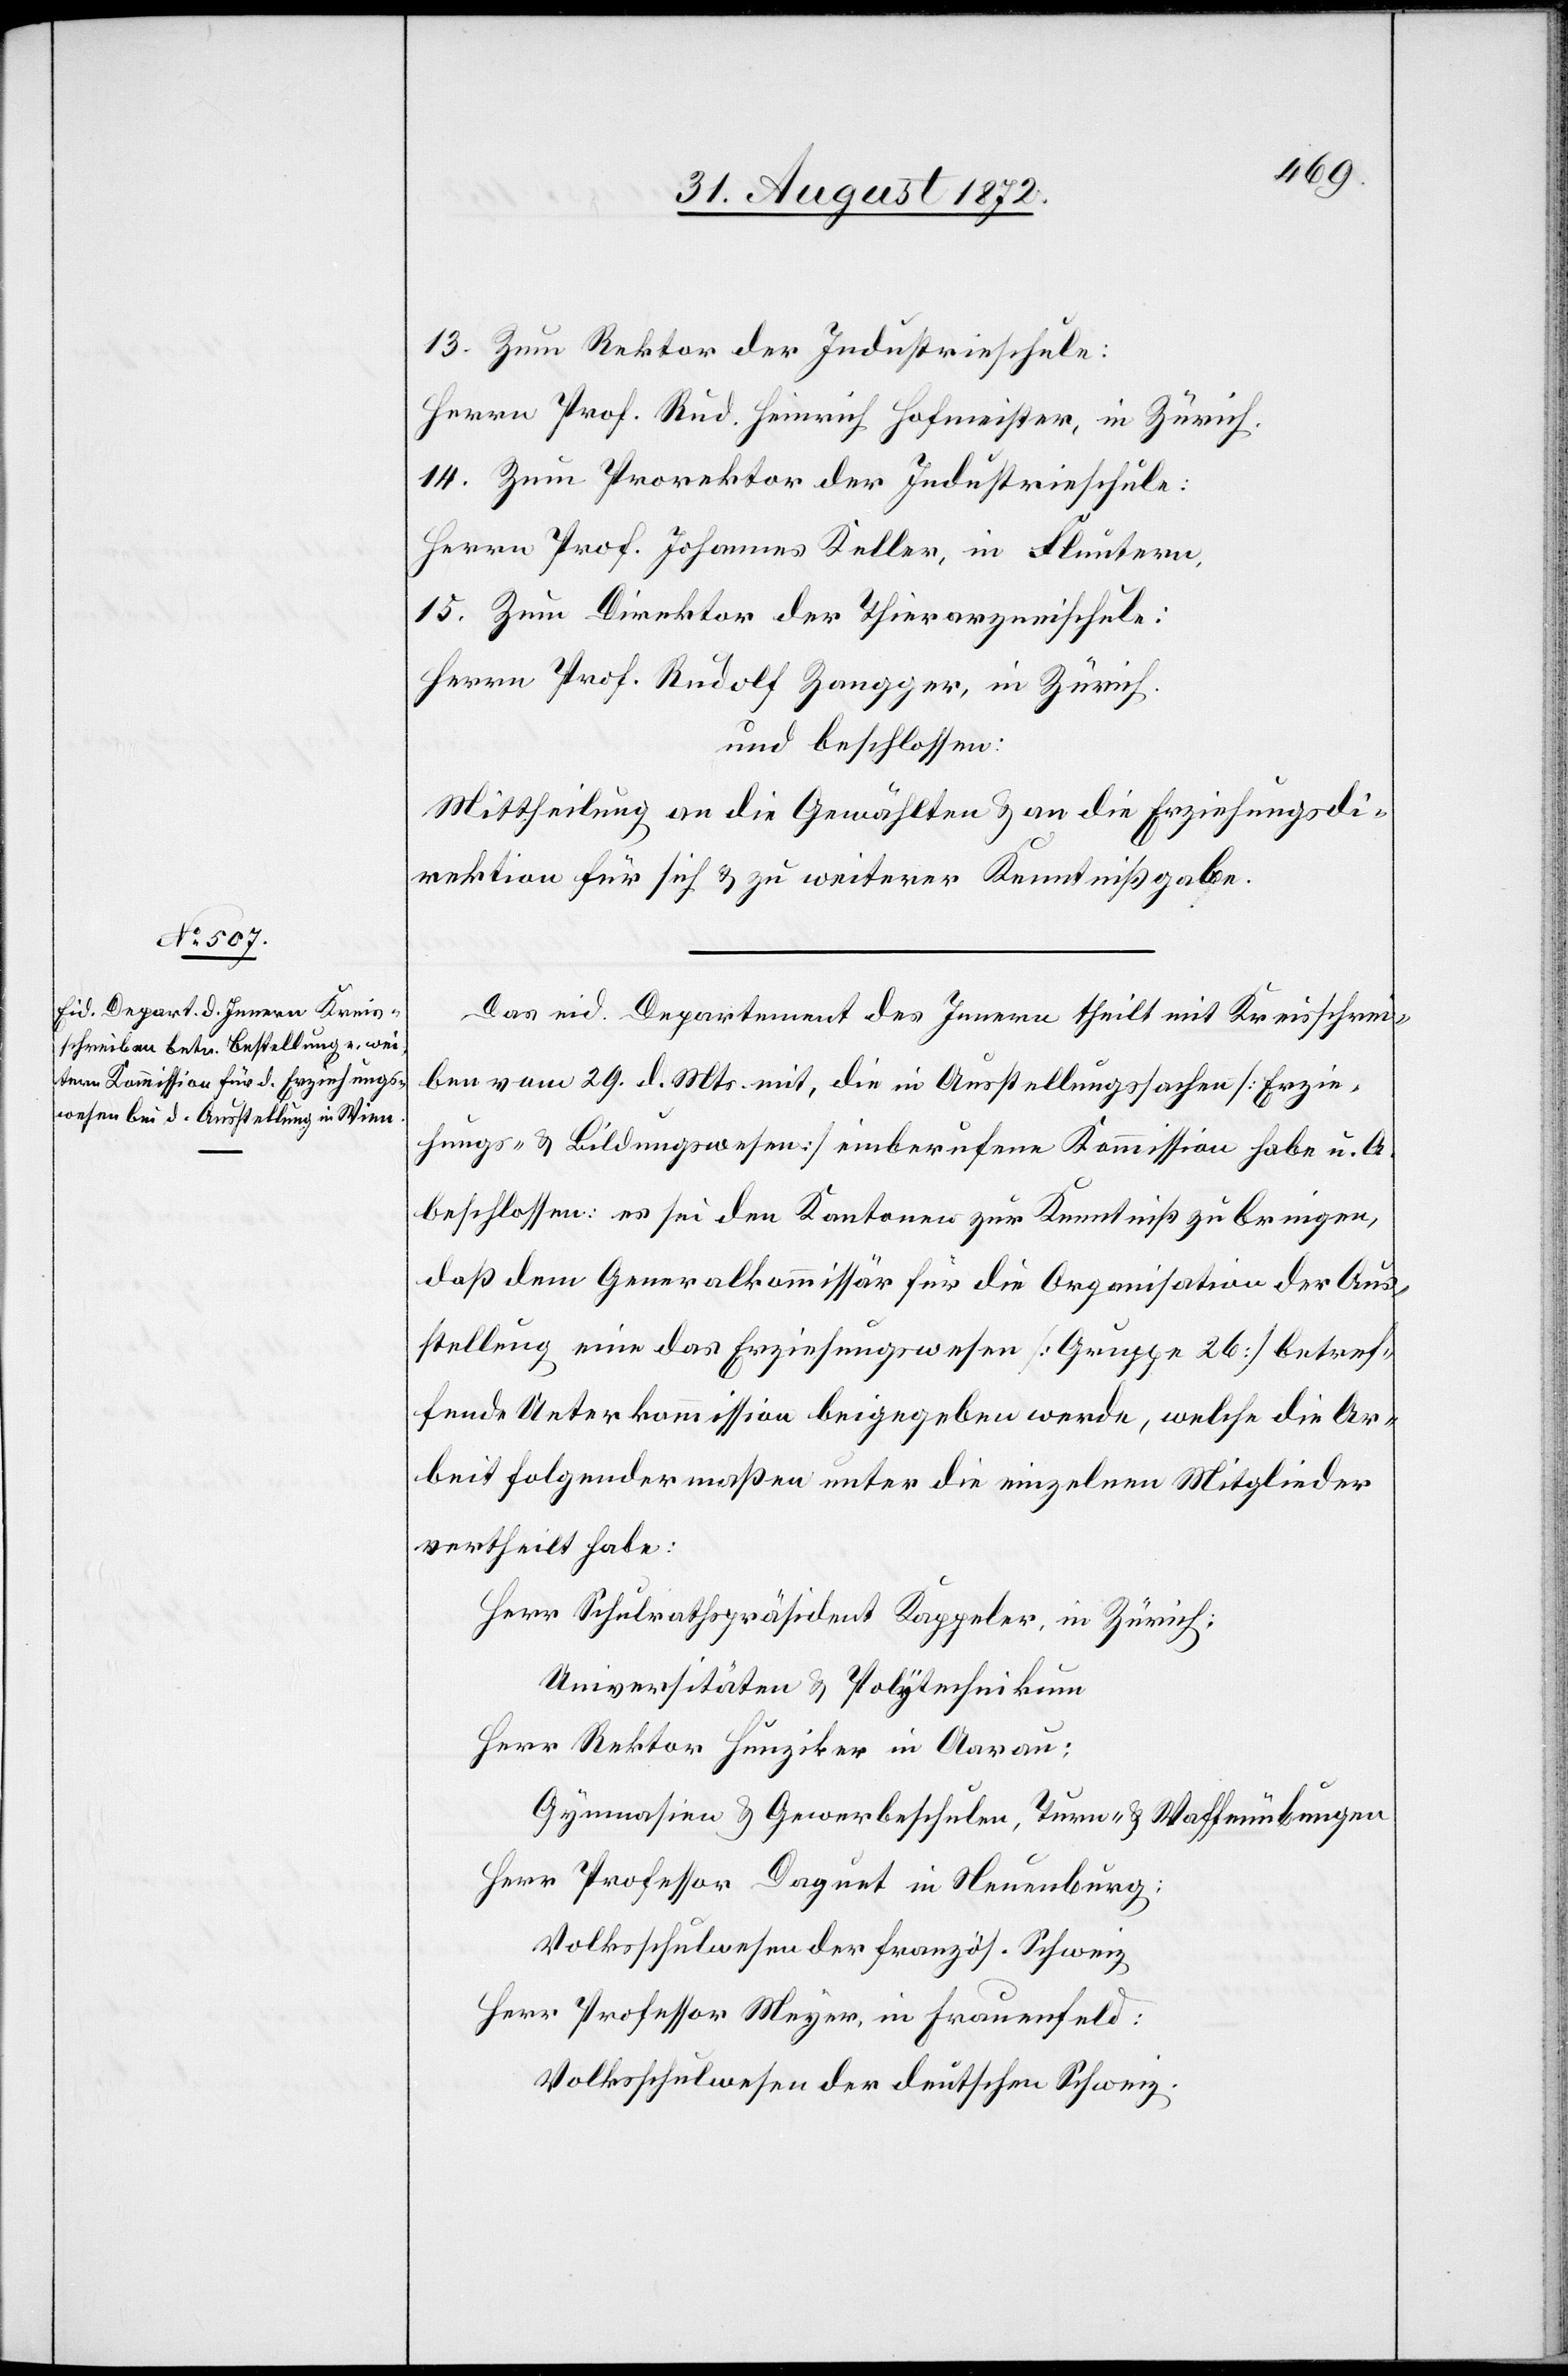
Zum Rektor der Industrieschule:
Herrn Prof. Rud. Heinrich Hofmeister, in Zürich.
Zum Prorektor der Industrieschule:
Herrn Prof. Johannes Keller, in Fluntern,
Zum Direktor der Thierarzneischule:
Herrn Prof. Rudolf Zangger, in Zürich.
und beschlossen:
Mittheilung an die Gewählten u. an die Erziehungsdi¬
rektion für sich u. zu weiterer Kenntnißgabe.
Das eid. Departement des Innern theilt mit Kreisschrei¬
ben vom 29. d. Mts. mit, die in Ausstellungssachen [Erzie¬
hungs- u. Bildungswesen] einberufene Kommission habe u. A.
beschlossen: es sei den Kantonen zur Kenntniß zu bringen,
daß dem Generalkommissär für die Organisation der Aus¬
stellung eine das Erziehungswesen [Gruppe 26] betref¬
fende Unterkommission beigegeben werde, welche die Ar¬
beit folgendermaßen unter die einzelnen Mitglieder
vertheilt habe:
Herr Schulrathspräsident Kappeler, in Zürich:
Universitäten u. Polytechnikum
Herr Rektor Hunziker in Aarau:
Gymnasium u. Gewerbeschulen, Turn- u. Waffenübungen
Herr Professor Daguet in Neuenburg:
Volksschulwesen der französ. Schweiz
Herr Professor Meyer, in Frauenfeld:
Volksschulwesen der deutschen Schweiz.